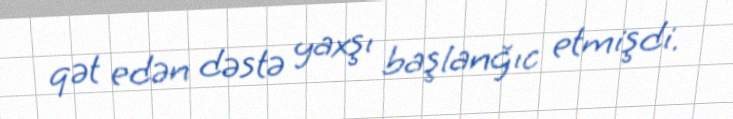
qət edən dəstə yaxşı başlanğıc etmişdi.